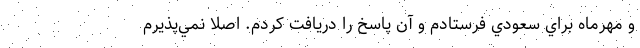
و مهرماه براي سعودي فرستادم و آن پاسخ را دريافت كردم. اصلا نمي‌پذيرم